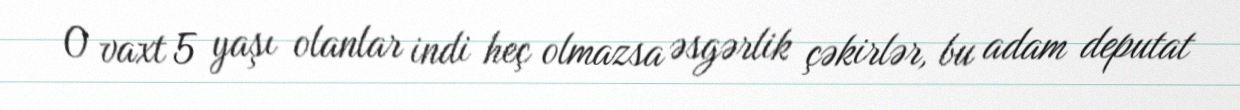
O vaxt 5 yaşı olanlar indi heç olmazsa əsgərlik çəkirlər, bu adam deputat